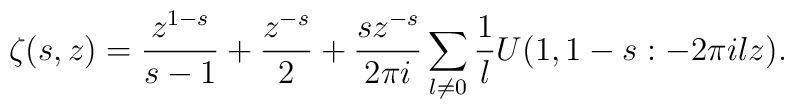
\zeta(s,z) = \frac{z^{1-s}}{s-1} + \frac{z^{-s}}{2}             + \frac{sz^{-s}}{2\pi i}             \sum_{l \ne 0} \frac1l U(1,1-s:-2\pi ilz).